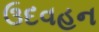
ઉદવહન